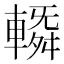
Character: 𨍼